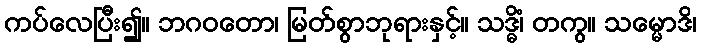
ကပ်လေပြီး၍။ ဘဂဝတော၊ မြတ်စွာဘုရားနှင့်။ သဒ္ဓိံ၊ တကွ။ သမ္မောဒိ၊